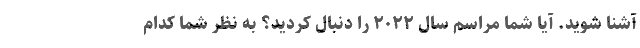
آشنا شوید. آیا شما مراسم سال ۲۰۲۲ را دنبال کردید؟ به نظر شما کدام